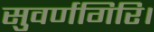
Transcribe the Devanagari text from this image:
सुवर्णगिरि।